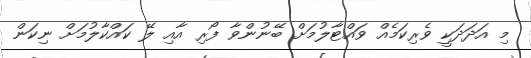
މި އަދަދަކީ ވެރިކަމެއް ވައްޓާލުމަށް ބޭނުންވާ ފޯރި އާއި ލޭ ކައްކާލުމަށް ނިކަން